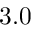
3 . 0